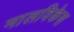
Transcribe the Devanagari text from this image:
मालविकेस